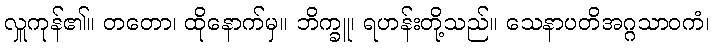
လှူကုန်၏။ တတော၊ ထိုနောက်မှ။ ဘိက္ခူ၊ ရဟန်းတို့သည်။ သေနာပတိအဂ္ဂသာဝကံ၊